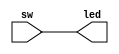
module LED_test(sw,led);
//test
    input [7:0] sw;
    output [7:0] led;
    assign led = sw;

endmodule